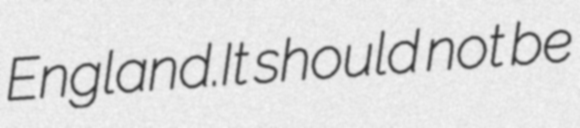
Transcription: England.It should not be